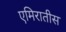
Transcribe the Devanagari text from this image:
एमिरातीस